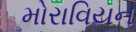
મોરાવિયન